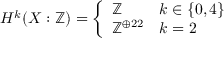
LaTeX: H ^ { k } ( X : \mathbb { Z } ) = { \left\{ \begin{array} { l l } { \mathbb { Z } } & { k \in \{ 0 , 4 \} } \\ { \mathbb { Z } ^ { \oplus 2 2 } } & { k = 2 } \end{array} \right. }